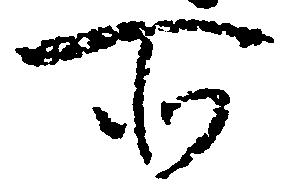
所